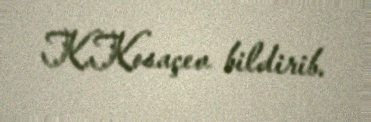
K.Kosaçev bildirib.